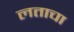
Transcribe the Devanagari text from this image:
लताचा